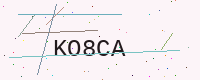
Text: KO8CA